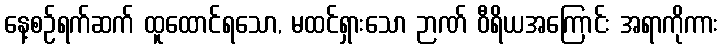
နေ့စဉ်ရက်ဆက် ထူထောင်ရသော, မထင်ရှားသော ဉာဏ် ဝီရိယအကြောင်း အရာကိုကား